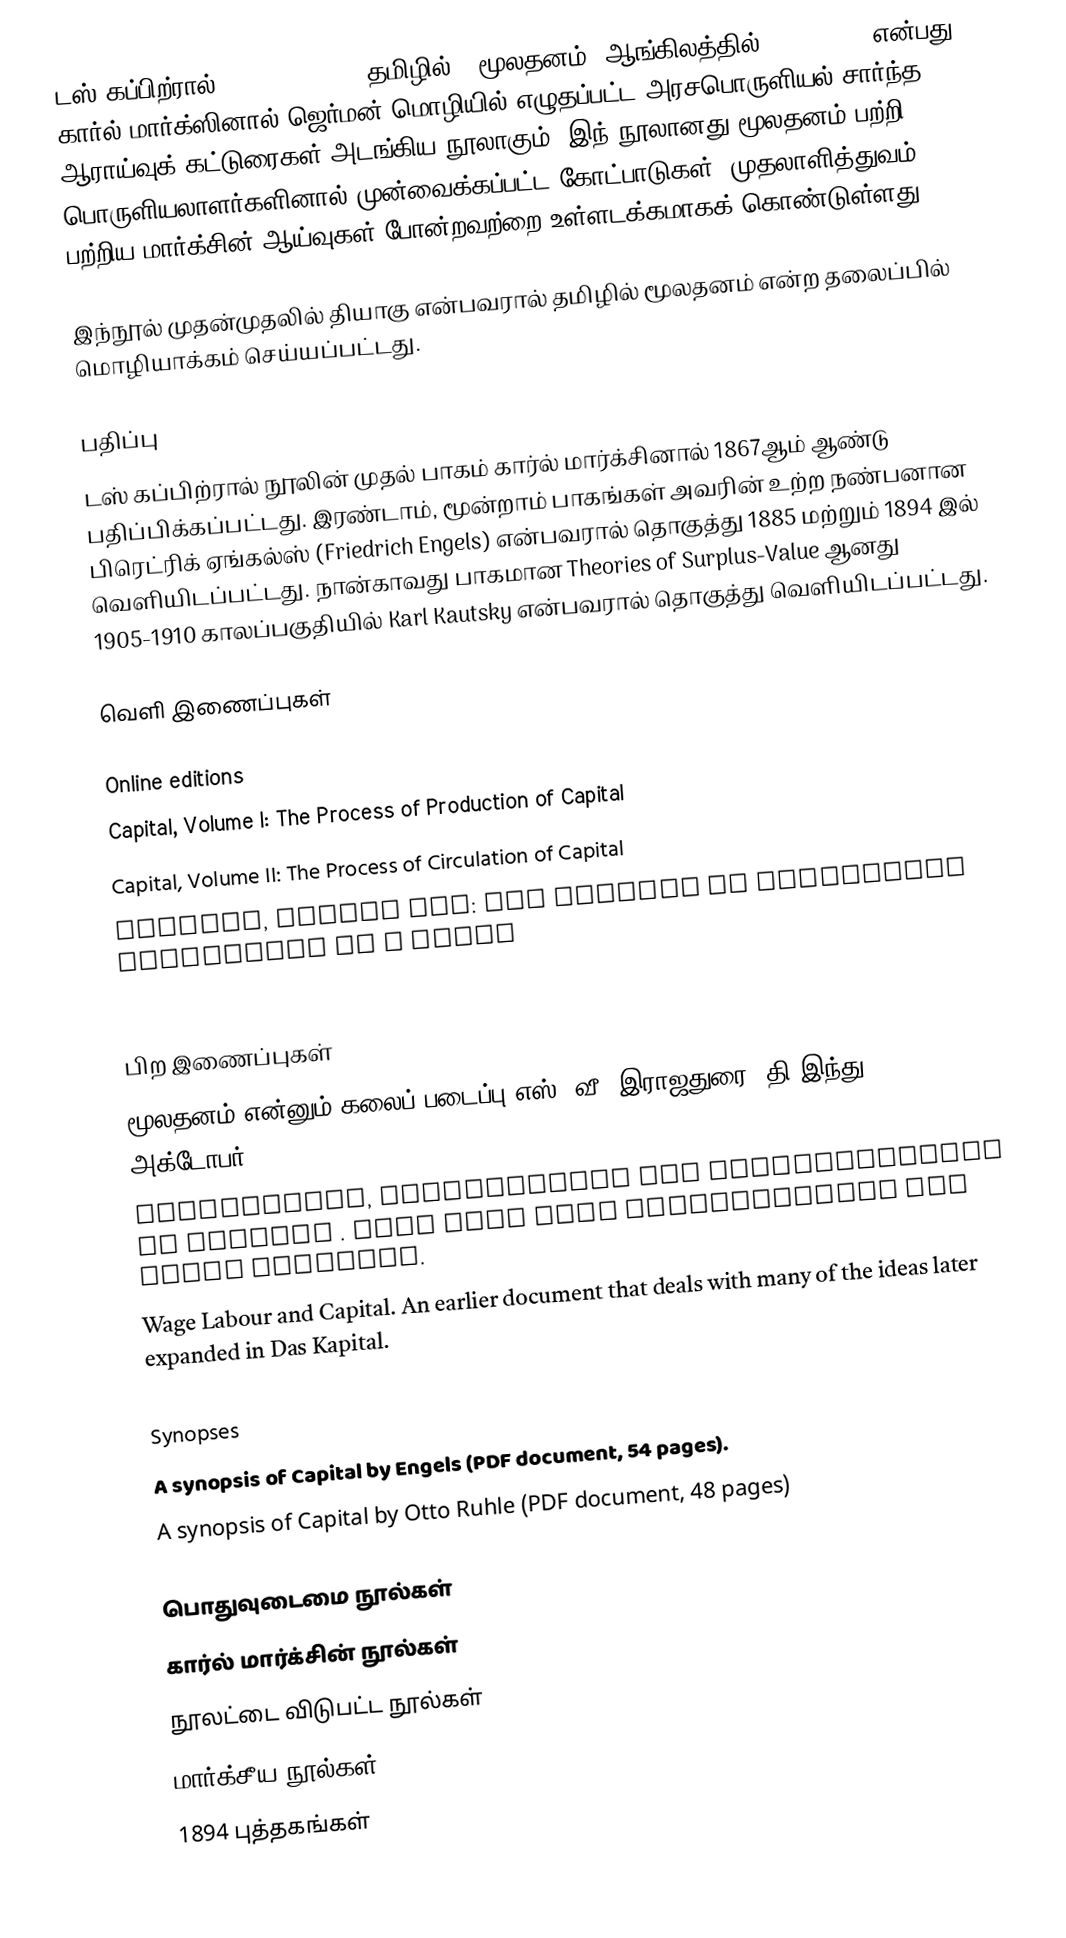
டஸ் கப்பிற்ரால் (Das Kapital) (தமிழில் - மூலதனம், ஆங்கிலத்தில் - Capital) என்பது கார்ல் மார்க்ஸினால் ஜெர்மன் மொழியில் எழுதப்பட்ட அரசபொருளியல் சார்ந்த ஆராய்வுக் கட்டுரைகள் அடங்கிய நூலாகும். இந் நூலானது மூலதனம் பற்றி பொருளியலாளர்களினால் முன்வைக்கப்பட்ட கோட்பாடுகள், முதலாளித்துவம் பற்றிய மார்க்சின் ஆய்வுகள் போன்றவற்றை உள்ளடக்கமாகக் கொண்டுள்ளது.

இந்நூல் முதன்முதலில் தியாகு என்பவரால் தமிழில் மூலதனம் என்ற தலைப்பில் மொழியாக்கம் செய்யப்பட்டது.

பதிப்பு
டஸ் கப்பிற்ரால் நூலின் முதல் பாகம் கார்ல் மார்க்சினால் 1867ஆம் ஆண்டு பதிப்பிக்கப்பட்டது. இரண்டாம், மூன்றாம் பாகங்கள் அவரின் உற்ற நண்பனான பிரெட்ரிக் ஏங்கல்ஸ் (Friedrich Engels) என்பவரால் தொகுத்து 1885 மற்றும் 1894 இல் வெளியிடப்பட்டது. நான்காவது பாகமான Theories of Surplus-Value ஆனது 1905-1910 காலப்பகுதியில் Karl Kautsky என்பவரால் தொகுத்து வெளியிடப்பட்டது.

வெளி இணைப்புகள்

Online editions
 Capital, Volume I: The Process of Production of Capital
 Capital, Volume II: The Process of Circulation of Capital
 Capital, Volume III: The Process of Capitalist Production as a Whole
 Capital, Volume IV: Theories of Surplus Value

பிற இணைப்புகள்
 மூலதனம் என்னும் கலைப் படைப்பு எஸ். வீ. இராஜதுரை, தி இந்து 2017 அக்டோபர் 1
 Annotations, Explanations and Clarifications to Capital . Will help with understanding the early concepts.
 Wage Labour and Capital. An earlier document that deals with many of the ideas later expanded in Das Kapital.

Synopses
 A synopsis of Capital by Engels (PDF document, 54 pages).
 A synopsis of Capital by Otto Ruhle (PDF document, 48 pages)

பொதுவுடைமை நூல்கள்
கார்ல் மார்க்சின் நூல்கள்
நூலட்டை விடுபட்ட நூல்கள்
மார்க்சீய நூல்கள்
1894 புத்தகங்கள்